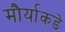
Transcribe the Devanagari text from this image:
मौर्याकडे